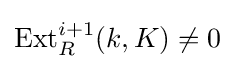
\operatorname {Ext} _{R}^{i+1}(k,K)\neq 0